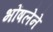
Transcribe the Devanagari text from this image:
भोंषलेने